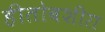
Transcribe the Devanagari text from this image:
हीतोबशीरा